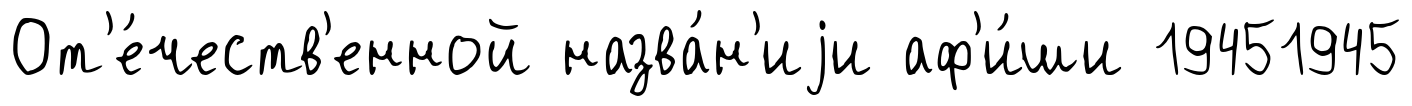
От'е́честв'енной назва́н'иjи аф'и́ши 19451945